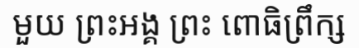
មួយ ព្រះអង្គ ព្រះ ពោធិព្រឹក្ស